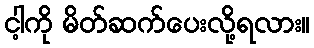
ငါ့ကို မိတ်ဆက်ပေးလို့ရလား။